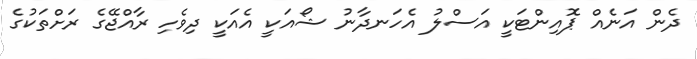
ދެން އަނެއް ޕޮއިންޓަކީ އަސްލު އެހަނދާނު ޝޯއަކީ އެއަކީ ދިވެހި ރާއްޖޭގެ ރަށްތަކުގެ